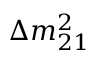
\Delta m _ { 2 1 } ^ { 2 }